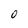
Character: 0